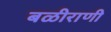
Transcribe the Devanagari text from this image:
बळीराणी